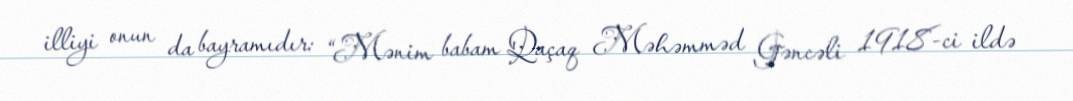
illiyi onun da bayramıdır: “Mənim babam Qaçaq Məhəmməd Gəncəli 1918-ci ildə